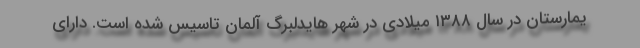
یمارستان در سال ۱۳۸۸ میلادی در شهر هایدلبرگ آلمان تاسیس شده است. دارای